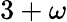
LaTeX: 3+\omega